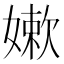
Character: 嫰